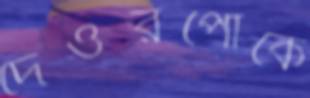
দেওরপোকে